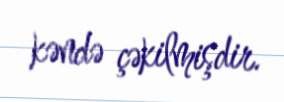
kəndə çəkilmişdir.